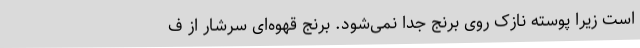
است زیرا پوسته نازک روی برنج جدا نمی‌شود. برنج قهوه‌ای سرشار از ف